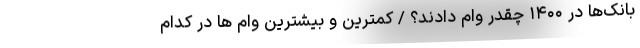
بانک‌ها در ۱۴۰۰ چقدر وام دادند؟ / کمترین و بیشترین وام ها در کدام